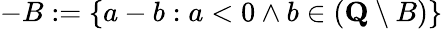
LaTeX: -B:=\{ a-b:a<0\land b\in({\textbf{Q}}\setminus B)\}